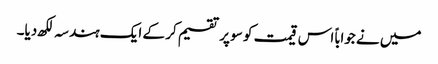
میں نے جواباً اس قیمت کو سو پر تقسیم کر کے ایک ہندسہ لکھ دیا۔